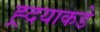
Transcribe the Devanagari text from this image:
ह्र्दयाकडे